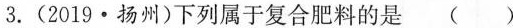
3.(2019·扬州)下列属于复合肥料的是()